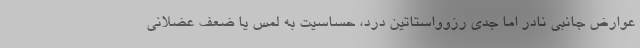
عوارض جانبی نادر اما جدی رزوواستاتین درد، حساسیت به لمس یا ضعف عضلانی